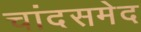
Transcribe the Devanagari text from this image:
चांदसमेद